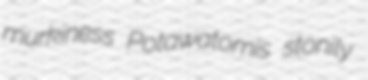
murkiness Potawatomis stonily